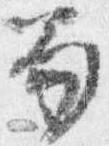
笏